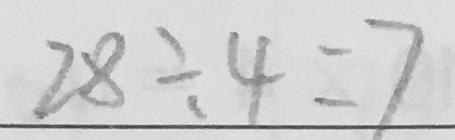
2 8 \div 4 = 7